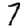
Digit: 7